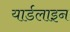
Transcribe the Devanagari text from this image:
यार्डलाइन